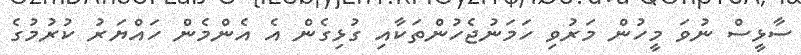
ސާޅީސް ނުވަ މީހުން މަރުވި ހަމަނުޖެހުންތަކާއި ގުޅިގެން އެ އެންމެން ހައްޔަރު ކުރުމުގެ